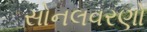
સોનલવરણો